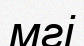
мгі